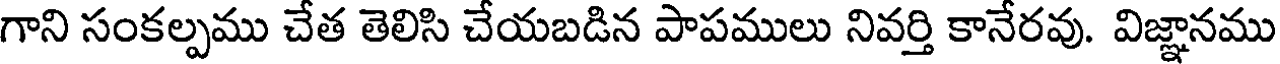
గాని సంకల్పము చేత తెలిసి చేయబడిన పాపములు నివర్తి కానేరవు. విజ్ఞానము